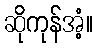
ဆိုကုန်အံ့။